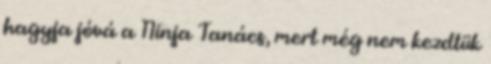
hagyja jóvá a Ninja Tanács, mert még nem kezdtük